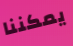
يمكننا